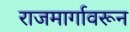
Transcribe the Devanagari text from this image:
राजमार्गावरून